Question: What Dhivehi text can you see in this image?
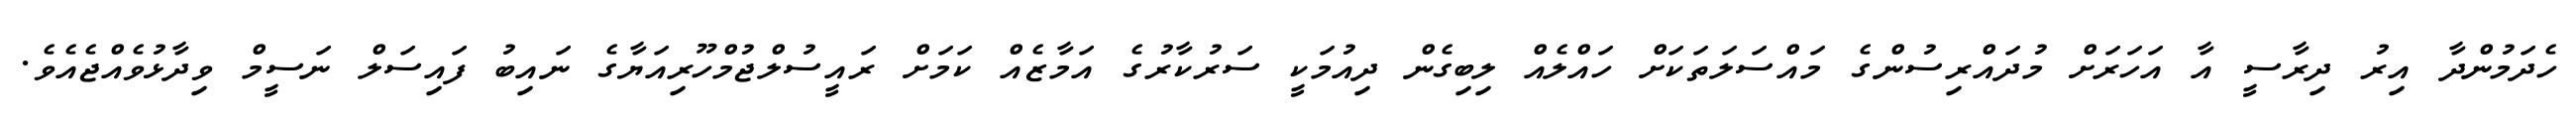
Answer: ހެދަމުންދާ އިރު ދިރާސީ އާ އަހަރަށް މުދައްރިސުންގެ މައްސަލަތަކަށް ހައްލެއް ލިބިގެން ދިއުމަކީ ސަރުކާރުގެ އަމާޒެއް ކަމަށް ރައީސުލްޖުމްހޫރިއަޔާގެ ނައިބު ފައިސަލް ނަސީމް ވިދާޅުވެއްޖެއެވެ.